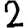
Digit: 2